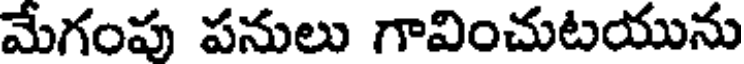
మేగంపు పనులు గావించుటయును